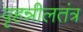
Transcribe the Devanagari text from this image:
वृहन्नीलतंत्र